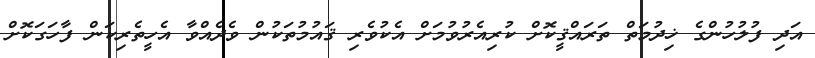
އަދި ފުލުހުންގެ ޚިދުމަތް ތަރައްޤީކޮށް ކުރިއެރުވުމަށް އެކުވެރި ޤައުމުތަކުން ވެދެއްވާ އެހީތެރިކަން ފާހަގަކޮށް